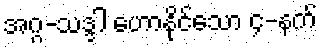
အဂ္ဂ-သဒ္ဒါ ဟောနိုင်သော ၄-နက်